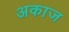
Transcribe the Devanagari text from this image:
अकाज